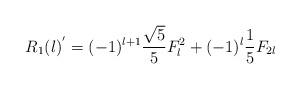
LaTeX: \begin{align*}R_{1}(l)^{'}=(-1)^{l+1}\frac{\sqrt{5}} {5} F_{l}^{2}+(-1)^{l}\frac{1}{5}F_{2l}\end{align*}